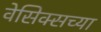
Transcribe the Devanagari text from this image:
वेसिक्सच्या